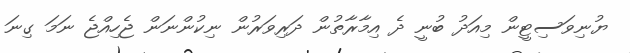
ޔުނިވަސިޓީން މިއަދު ބުނީ ދެ އިމާރާތުން ދަރިވަރުން ނިކުންނަން ޖެހިއްޖެ ނަމަ ގިނަ